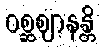
ဝစ္ဆဈာနန္တိ